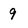
Character: 9